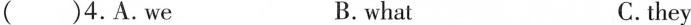
()4.A.we B.what C.they